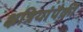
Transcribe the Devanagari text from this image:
क्षत्रियांपैकीं